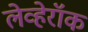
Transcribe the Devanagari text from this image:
लेव्हेरॉक